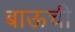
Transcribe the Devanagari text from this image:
बाऊची